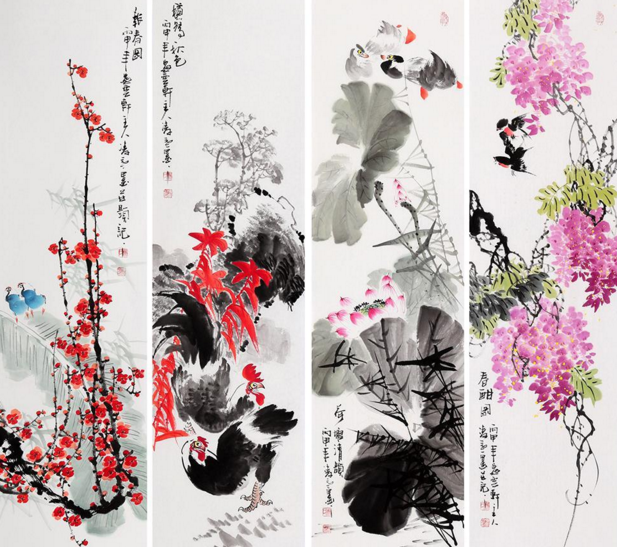
晓寒料峭尚欺人，春态苗条先到柳。